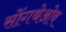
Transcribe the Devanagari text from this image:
सोंगथेओव